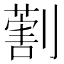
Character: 𠟽